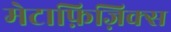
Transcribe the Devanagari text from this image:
मेटाफ़िज़िक्स